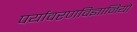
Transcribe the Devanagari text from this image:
पर्यावरणविज्ञानियों